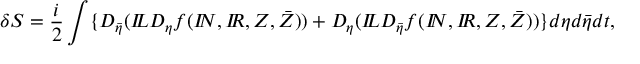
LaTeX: \delta S = \frac { i } { 2 } \int \{ D _ { \bar { \eta } } ( { I \! \! L } D _ { \eta } f ( { I \! \! N } , { I \! \! R } , Z , \bar { Z } ) ) + D _ { \eta } ( { I \! \! L } D _ { \bar { \eta } } f ( { I \! \! N } , { I \! \! R } , Z , \bar { Z } ) ) \} d \eta d \bar { \eta } d t ,